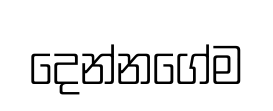
දෙන්නගේම